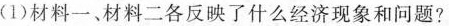
(1)材料一、材料二各反映了什么经济现象和问题?